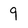
Character: 9